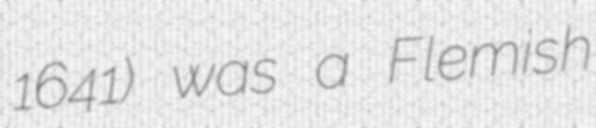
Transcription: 1641) was a Flemish